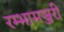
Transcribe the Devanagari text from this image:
रम्भामञ्जरी